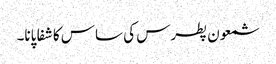
شمعون پطرس کی ساس کا شفا پانا۔